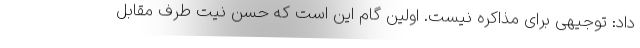
داد: توجیهی برای مذاکره نیست. اولین گام این است که حسن نیت طرف مقابل